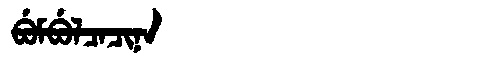
Manchu: ᠪᡠᠮᠪᡠᠯᠴᠠᠴᡳᠨᠠ
Romanization: BUMBULCACINA